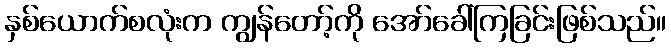
နှစ်ယောက်စလုံးက ကျွန်တော့်ကို အော်ခေါ်ကြခြင်းဖြစ်သည်။